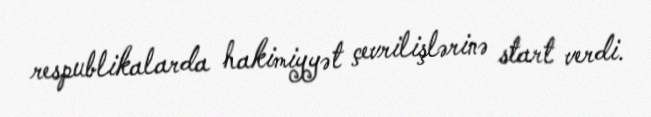
respublikalarda hakimiyyət çevrilişlərinə start verdi.